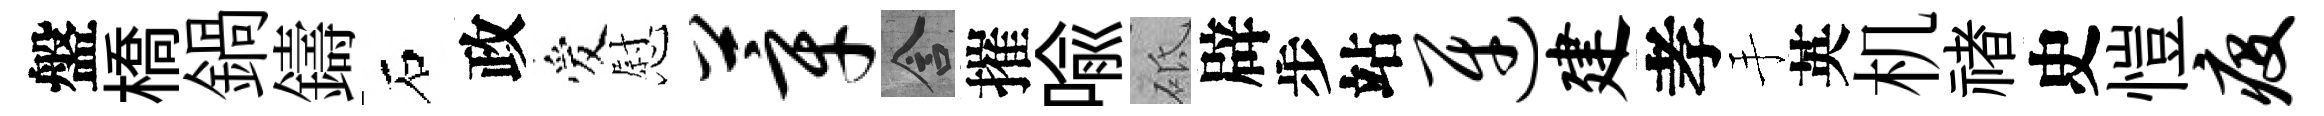
盤橋鍋鑄石政爱慰莘含摧喩砥辟步站迓建孝手英机禇史愷疫